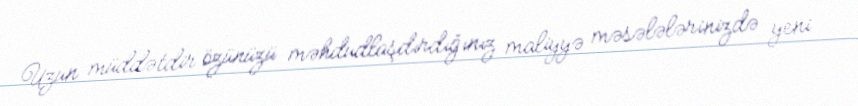
Uzun müddətdir özünüzü məhdudlaşdırdığınız maliyyə məsələlərinizdə yeni